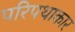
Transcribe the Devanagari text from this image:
परिपथाकार